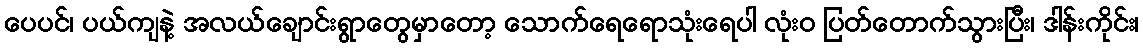
ပေပင်၊ ပယ်ကျနဲ့ အလယ်ချောင်းရွာတွေမှာတော့ သောက်ရေရောသုံးရေပါ လုံး၀ ပြတ်တောက်သွားပြီး၊ ဒါန်းကိုင်း၊